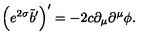
\left( e ^ { 2 \sigma } \tilde { b } ^ { \prime } \right) ^ { \prime } = - 2 c \partial _ { \mu } \partial ^ { \mu } \phi .